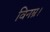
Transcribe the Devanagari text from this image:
विनम्र।